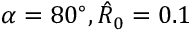
\alpha = 8 0 ^ { \circ } , \hat { R } _ { 0 } = 0 . 1